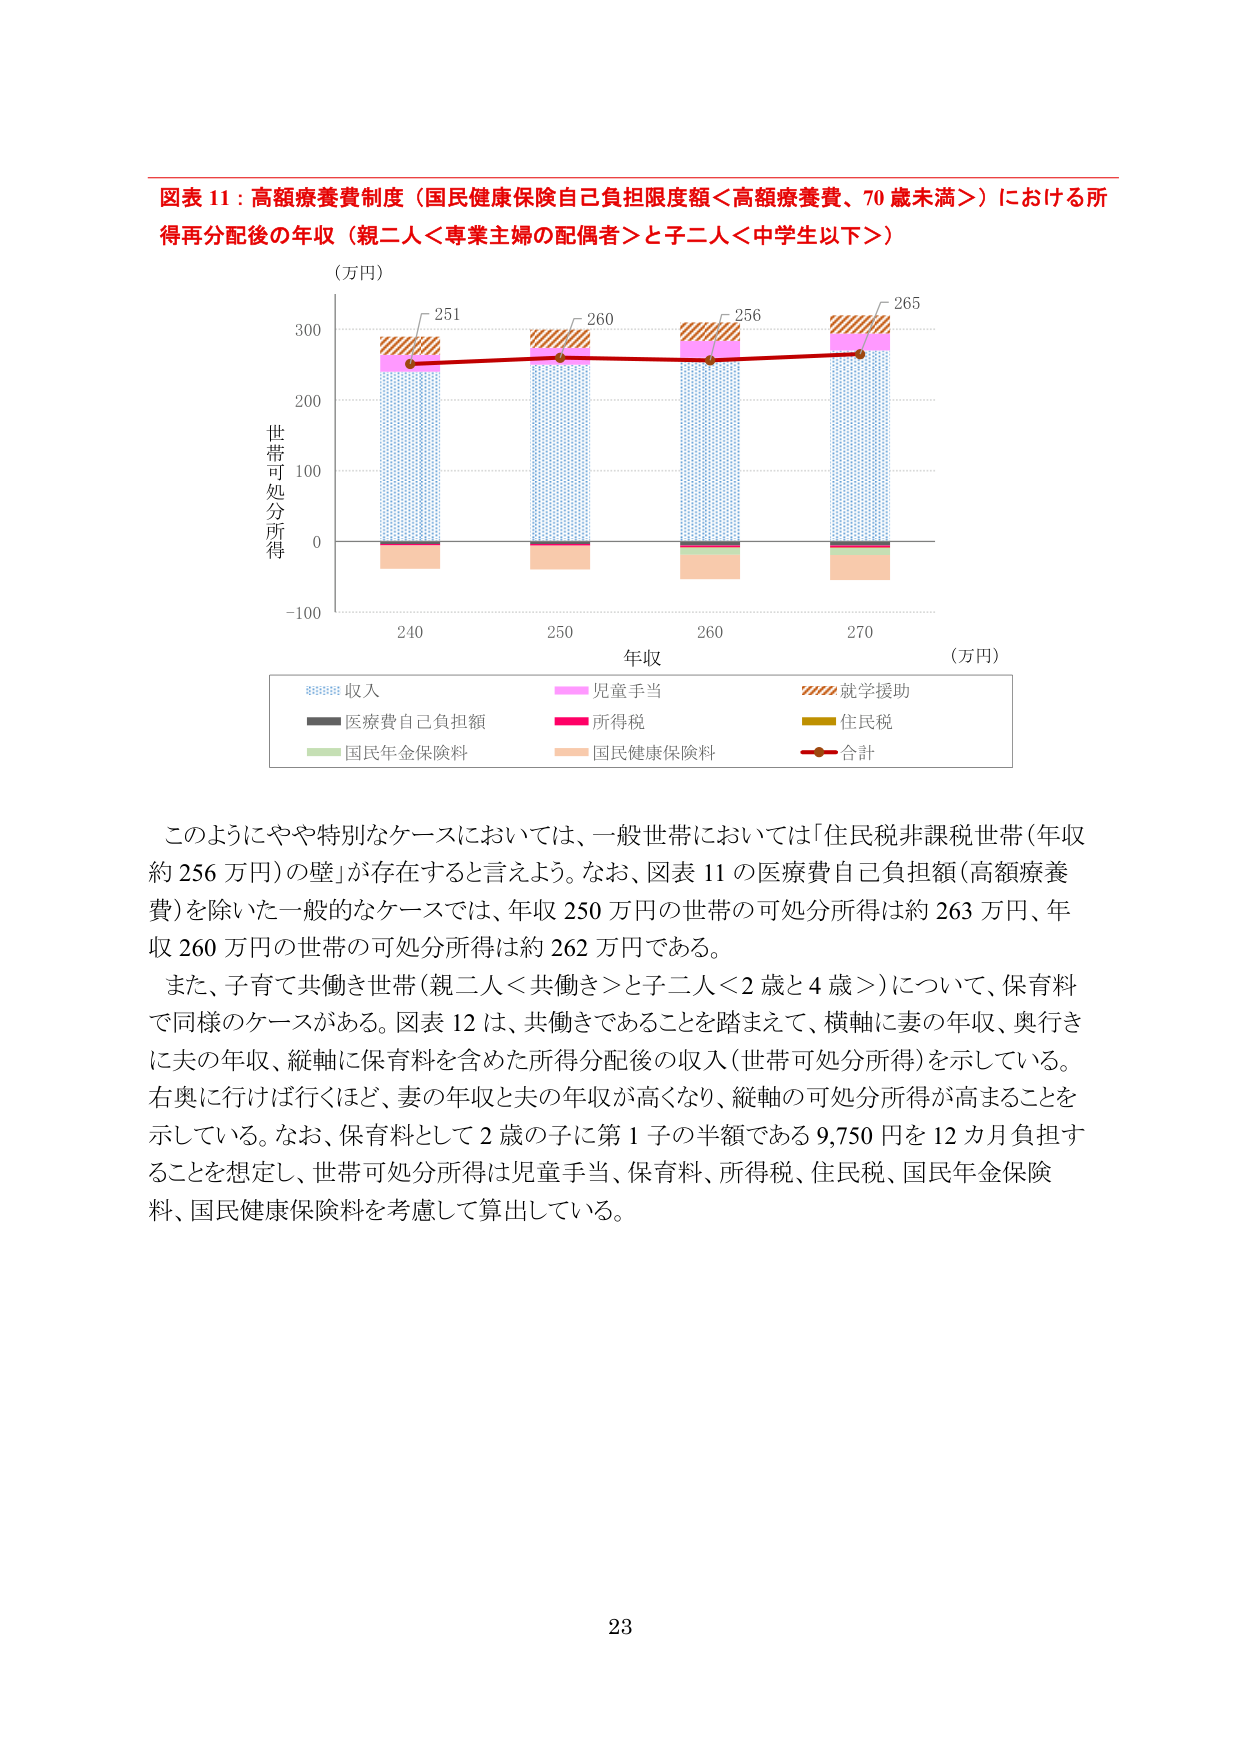
図表 11：高額療養費制度（国民健康保険自己負担限度額＜高額療養費、70 歳未満＞）における所得再分配後の年収（親二人＜専業主婦の配偶者＞と子二人＜中学生以下＞）

（万円）

300
200
100
0
-100

世帯可処分所得

240 250 260 270

年収

（万円）

251
260
256
265

収入
児童手当
就学援助
医療費自己負担額
所得税
住民税
国民年金保険料
国民健康保険料
合計

このようにやや特別なケースにおいては、一般世帯においては「住民税非課税世帯（年収約 256 万円）の壁」が存在すると言えよう。なお、図表 11 の医療費自己負担額（高額療養費）を除いた一般的なケースでは、年収 250 万円の世帯の可処分所得は約 263 万円、年収 260 万円の世帯の可処分所得は約 262 万円である。

また、子育て共働き世帯（親二人＜共働き＞と子二人＜2 歳と 4 歳＞）について、保育料で同様のケースがある。図表 12 は、共働きであることを踏まえて、横軸に妻の年収、奥行きに夫の年収、縦軸に保育料を含めた所得分配後の収入（世帯可処分所得）を示している。右奥に行けば行くほど、妻の年収と夫の年収が高くなり、縦軸の可処分所得が高まることを示している。なお、保育料として 2 歳の子に第 1 子の半額である 9,750 円を 12 カ月負担することを想定し、世帯可処分所得は児童手当、保育料、所得税、住民税、国民年金保険料、国民健康保険料を考慮して算出している。

23